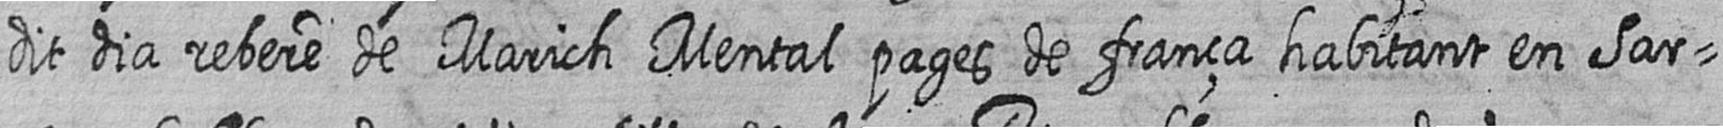
dit dia rebere de Marich Mental pages de frança habitant en Sar=